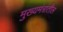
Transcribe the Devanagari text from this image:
मुख्यमंत्रांतील